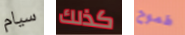
سيام كذلك طموح